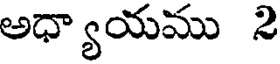
అధ్యాయము 2